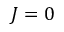
J = 0